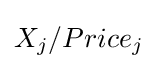
X_{j}/Price_{j}